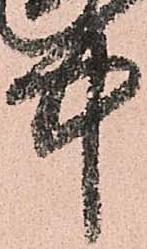
中